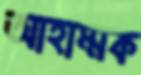
আহাম্মক